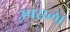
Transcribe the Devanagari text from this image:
उपराला